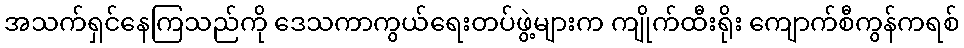
အသက်ရှင်နေကြသည်ကို ဒေသကာကွယ်ရေးတပ်ဖွဲ့များက ကျိုက်ထီးရိုး ကျောက်စီကွန်ကရစ်